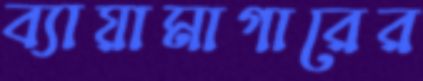
ব্যায়ামাগারের